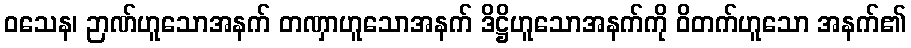
ဝသေန၊ ဉာဏ်ဟူသောအနက် တဏှာဟူသောအနက် ဒိဋ္ဌိဟူသောအနက်ကို ဝိတက်ဟူသော အနက်၏